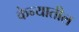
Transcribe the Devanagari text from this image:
केन्यातील